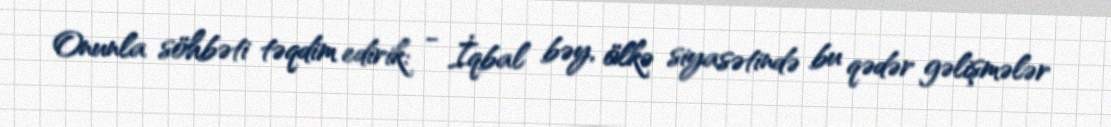
Onunla söhbəti təqdim edirik: - İqbal bəy, ölkə siyasətində bu qədər gəlişmələr